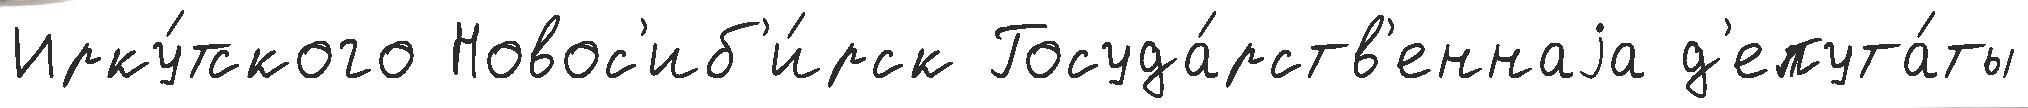
Ирку́тского Новос'иб'и́рск Госуда́рств'еннаjа д'епута́ты